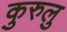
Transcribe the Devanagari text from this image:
कुरुलु